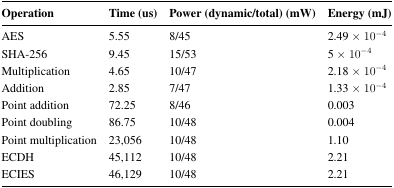
| Operation | Time (us) | Power (dynamic/total) (mW) | Energy (mJ) |
 | --- | --- | --- | --- |
 | AES | 5.55 | 8/45 | 2.49 × 10-4 |
 | SHA-256 | 9.45 | 15/53 | 5 × 10-4 |
 | Multiplication | 4.65 | 10/47 | 2.18 × 10-4 |
 | Addition | 2.85 | 7/47 | 1.33 × 10-4 |
 | Point addition | 72.25 | 8/46 | 0.003 |
 | Point doubling | 86.75 | 10/48 | 0.004 |
 | Point multiplication | 23,056 | 10/48 | 1.10 |
 | ECDH | 45,112 | 10/48 | 2.21 |
 | ECIES | 46,129 | 10/48 | 2.21 |